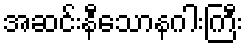
အဆင်းနီသောနဂါးကြီး